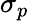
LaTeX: \sigma_{p}